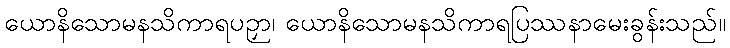
ယောနိသောမနသိကာရပဉှာ၊ ယောနိသောမနသိကာရပြဿနာမေးခွန်းသည်။